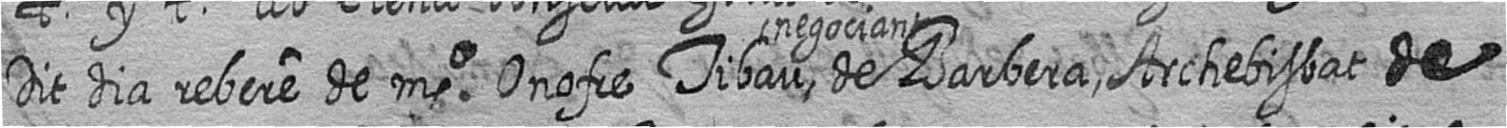
Dit dia rebere de mso Onofre Tibau negociant de Barbera Archebisbat de